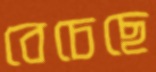
বেচেছে